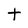
Character: t